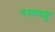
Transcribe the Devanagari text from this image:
वध्यपशु